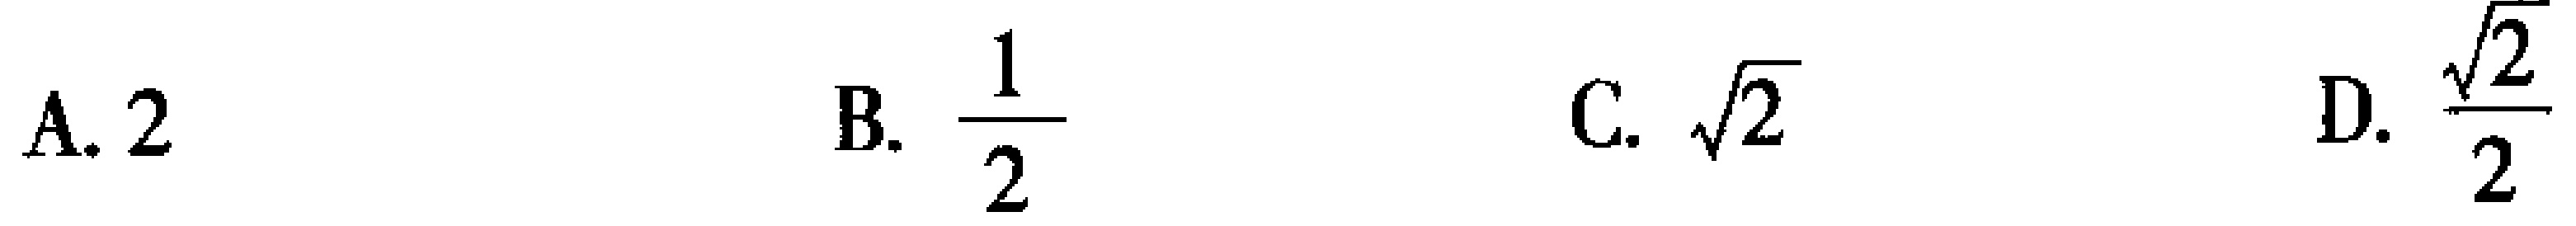
A. \(2\)  B. \(\frac{1}{2}\)  C. \(\sqrt{2}\)  D. \(\frac{\sqrt{2}}{2}\)